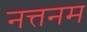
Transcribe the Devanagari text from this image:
नत्तनम